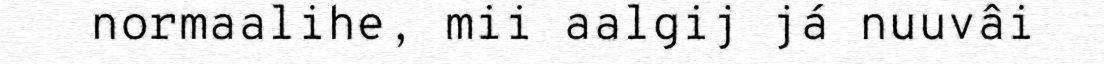
normaalihe, mii aalgij já nuuvâi